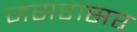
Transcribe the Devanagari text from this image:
जसरासर